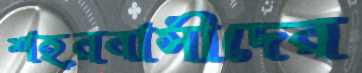
শহরবাসীদের